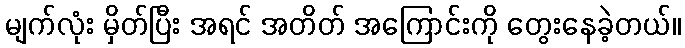
မျက်လုံး မှိတ်ပြီး အရင် အတိတ် အကြောင်းကို တွေးနေခဲ့တယ်။